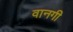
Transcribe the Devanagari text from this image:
वानगी